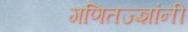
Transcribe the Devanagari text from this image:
गणितज्ज्ञांनी